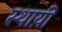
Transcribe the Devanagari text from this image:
स्थाय़ी